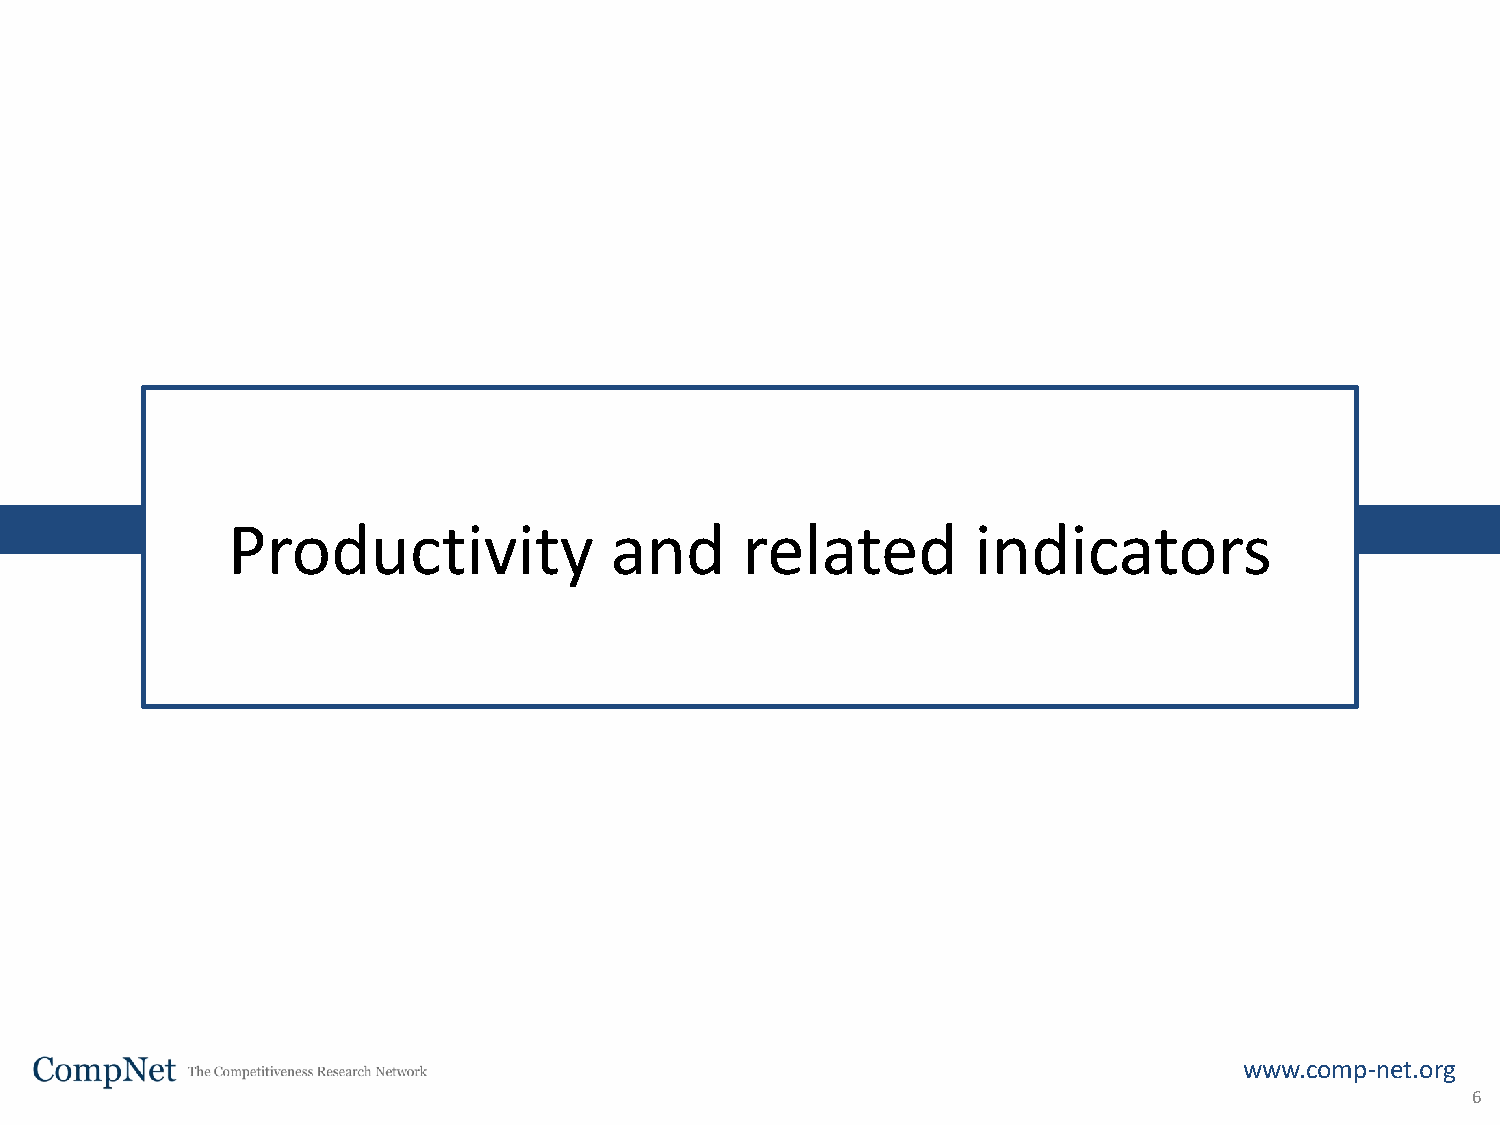
Productivity             and      related         indicators
 www.comp-net.org
 6